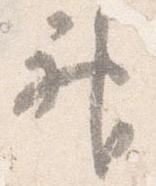
神